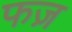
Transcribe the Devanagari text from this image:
फज़